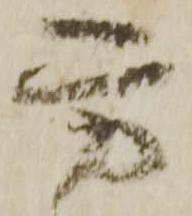
方